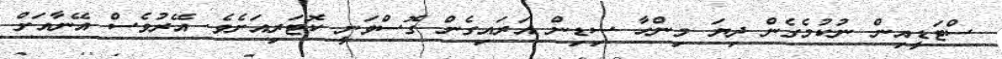
ސްޓަޑީއިން ނުކުމެގެން ދިޔަ މިންހާ ސިޑިން އަރައިގެން ގޮސްވަނީ ކޮޓަރިއަށެވެ. އޭރުވެސް އޭނާއަށް